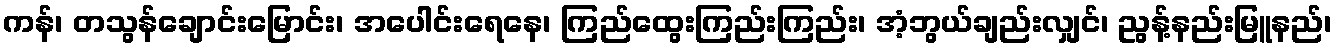
ကန်၊ တသွန်ချောင်းမြောင်း၊ အပေါင်းရေနေ၊ ကြည်ထွေးကြည်းကြည်း၊ အံ့ဘွယ်ချည်းလျှင်၊ ညွန့်နည်းမြူနည်၊